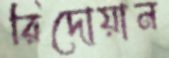
রিদোয়ান